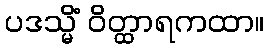
ပဒသ္မိံ ဝိတ္ထာရကထာ။